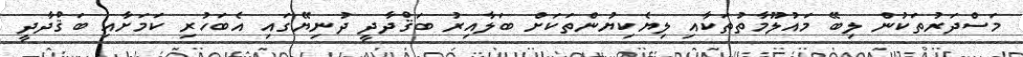
މަސްދަރުތަކުން ލިބޭ މައުލޫމާތުތަކާއި ލިޔެކިޔުންތަކަށް ބަލާއިރު ބަޤްދާދީ ދުނިޔޭގައި އެބަހުރި ކަމަށާއި ބަޤްދާދީ